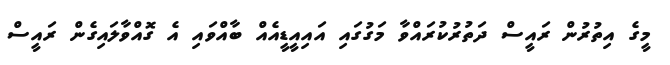
މީގެ އިތުރުން ރައީސް ދަތުރުކުރައްވާ މަގުގައި އައިއީޑީއެއް ބާއްވައި އެ ގޮއްވާލައިގެން ރައީސް